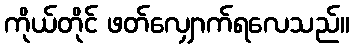
ကိုယ်တိုင် ဖတ်လျှောက်ရလေသည်။